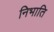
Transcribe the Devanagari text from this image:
निभाति